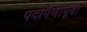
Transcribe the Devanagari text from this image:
पदार्पणापूर्वी